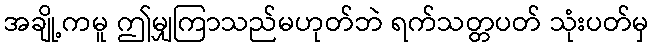
အချို့ကမူ ဤမျှကြာသည်မဟုတ်ဘဲ ရက်သတ္တပတ် သုံးပတ်မှ